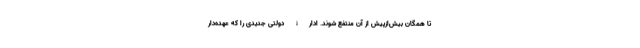
تا همگان بیش‌ازپیش از آن منتفع شوند. ادارۀ دولتی جدیدی را که عهده‌دار